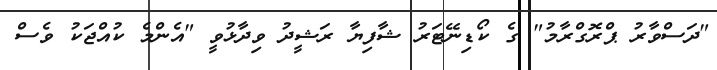
"ދަސްވާރު ޕްރޮގްރާމު" ގެ ކޯޑިނޭޓަރު ޝާފިޔާ ރަޝީދު ވިދާޅުވީ "އެންމެ ކުއްޖަކު ވެސް